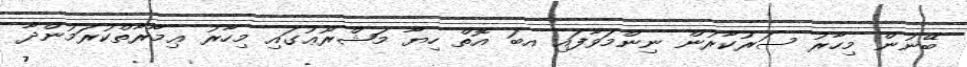
ބޭނުން މިހާރު ސަރުކާރުން ނިންމަވާފައި އބަ އޮތް ހިޔާ މަޝްރޫޢުގައި މިހާރު ޢިމާރާތްކުރަމުންދާ